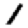
Digit: 1